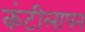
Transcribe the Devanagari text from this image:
कंटीलापन